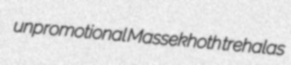
unpromotional Massekhoth trehalas